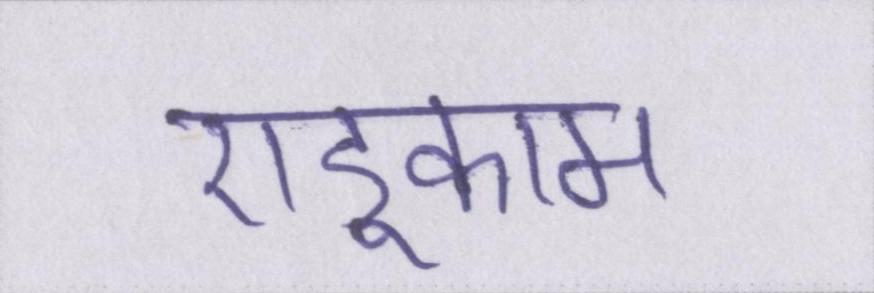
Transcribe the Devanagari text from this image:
एडूकाम